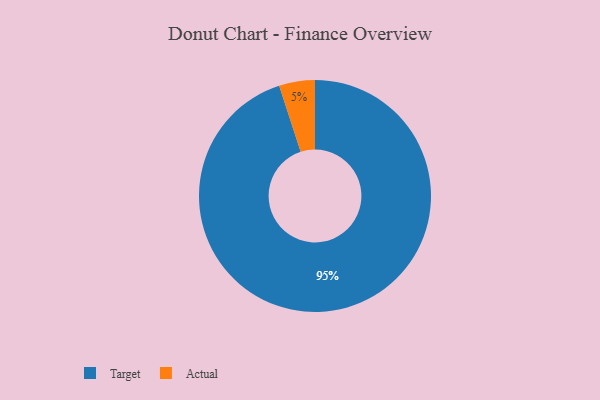
{"axis": {"x": "Category", "y": "Percentage"}, "legend": ["Actual", "Target"], "data": [{"x": "Actual", "y": 5, "type": "Actual"}, {"x": "Target", "y": 95, "type": "Target"}]}